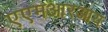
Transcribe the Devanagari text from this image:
एएमआरआय